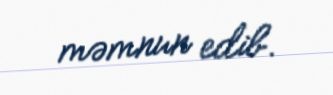
məmnun edib.